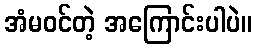
အံမဝင်တဲ့ အကြောင်းပါပဲ။